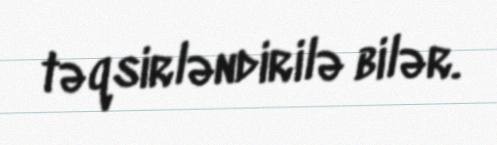
təqsirləndirilə bilər.